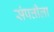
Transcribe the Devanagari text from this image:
संपत्तीला